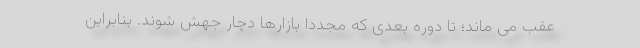
عقب می ماند؛ تا دوره بعدی که مجددا بازارها دچار جهش شوند. بنابراین